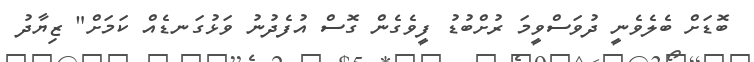
ބޮޑަށް ބެލެވެނީ ދުވަސްވީމަ ރުށްބުޑު ފީވެގެން ގޮސް އުފެދުނު ވަޅުގަނޑެއް ކަމަށް" ޒިޔާދު